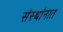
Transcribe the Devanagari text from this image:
संस्थांनात